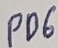
Text: PD6